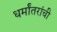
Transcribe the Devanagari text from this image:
धर्मांतरांची